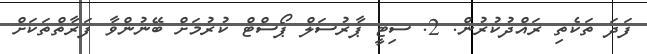
ފަދަ ތަކެތި ރައްދުކުރުން. 2. ސިޓީ ޕާރުސަލް ޕޯސްޓް ކުރުމަށް ބޭނުންވާ ފަރާތްތަކަށް